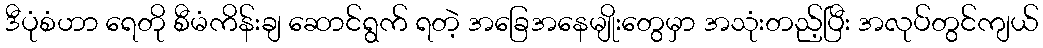
ဒီပုံစံဟာ ရေတို စီမံကိန်းချ ဆောင်ရွက် ရတဲ့ အခြေအနေမျိုးတွေမှာ အသုံးတည့်ပြီး အလုပ်တွင်ကျယ်